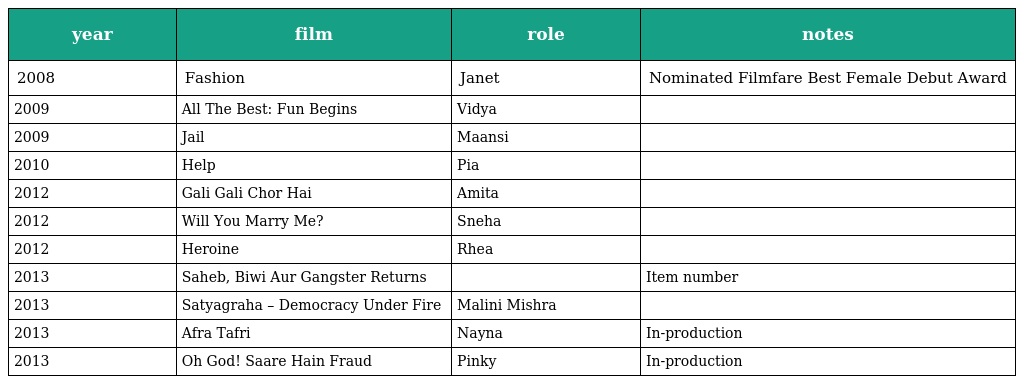
| year | film | role | notes |
 | --- | --- | --- | --- |
 | 2008 | Fashion | Janet | Nominated Filmfare Best Female Debut Award |
 | 2009 | All The Best: Fun Begins | Vidya |  |
 | 2009 | Jail | Maansi |  |
 | 2010 | Help | Pia |  |
 | 2012 | Gali Gali Chor Hai | Amita |  |
 | 2012 | Will You Marry Me? | Sneha |  |
 | 2012 | Heroine | Rhea |  |
 | 2013 | Saheb, Biwi Aur Gangster Returns |  | Item number |
 | 2013 | Satyagraha – Democracy Under Fire | Malini Mishra |  |
 | 2013 | Afra Tafri | Nayna | In-production |
 | 2013 | Oh God! Saare Hain Fraud | Pinky | In-production |